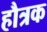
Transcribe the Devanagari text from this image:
हौत्रक